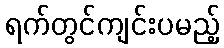
ရက်တွင်ကျင်းပမည့်